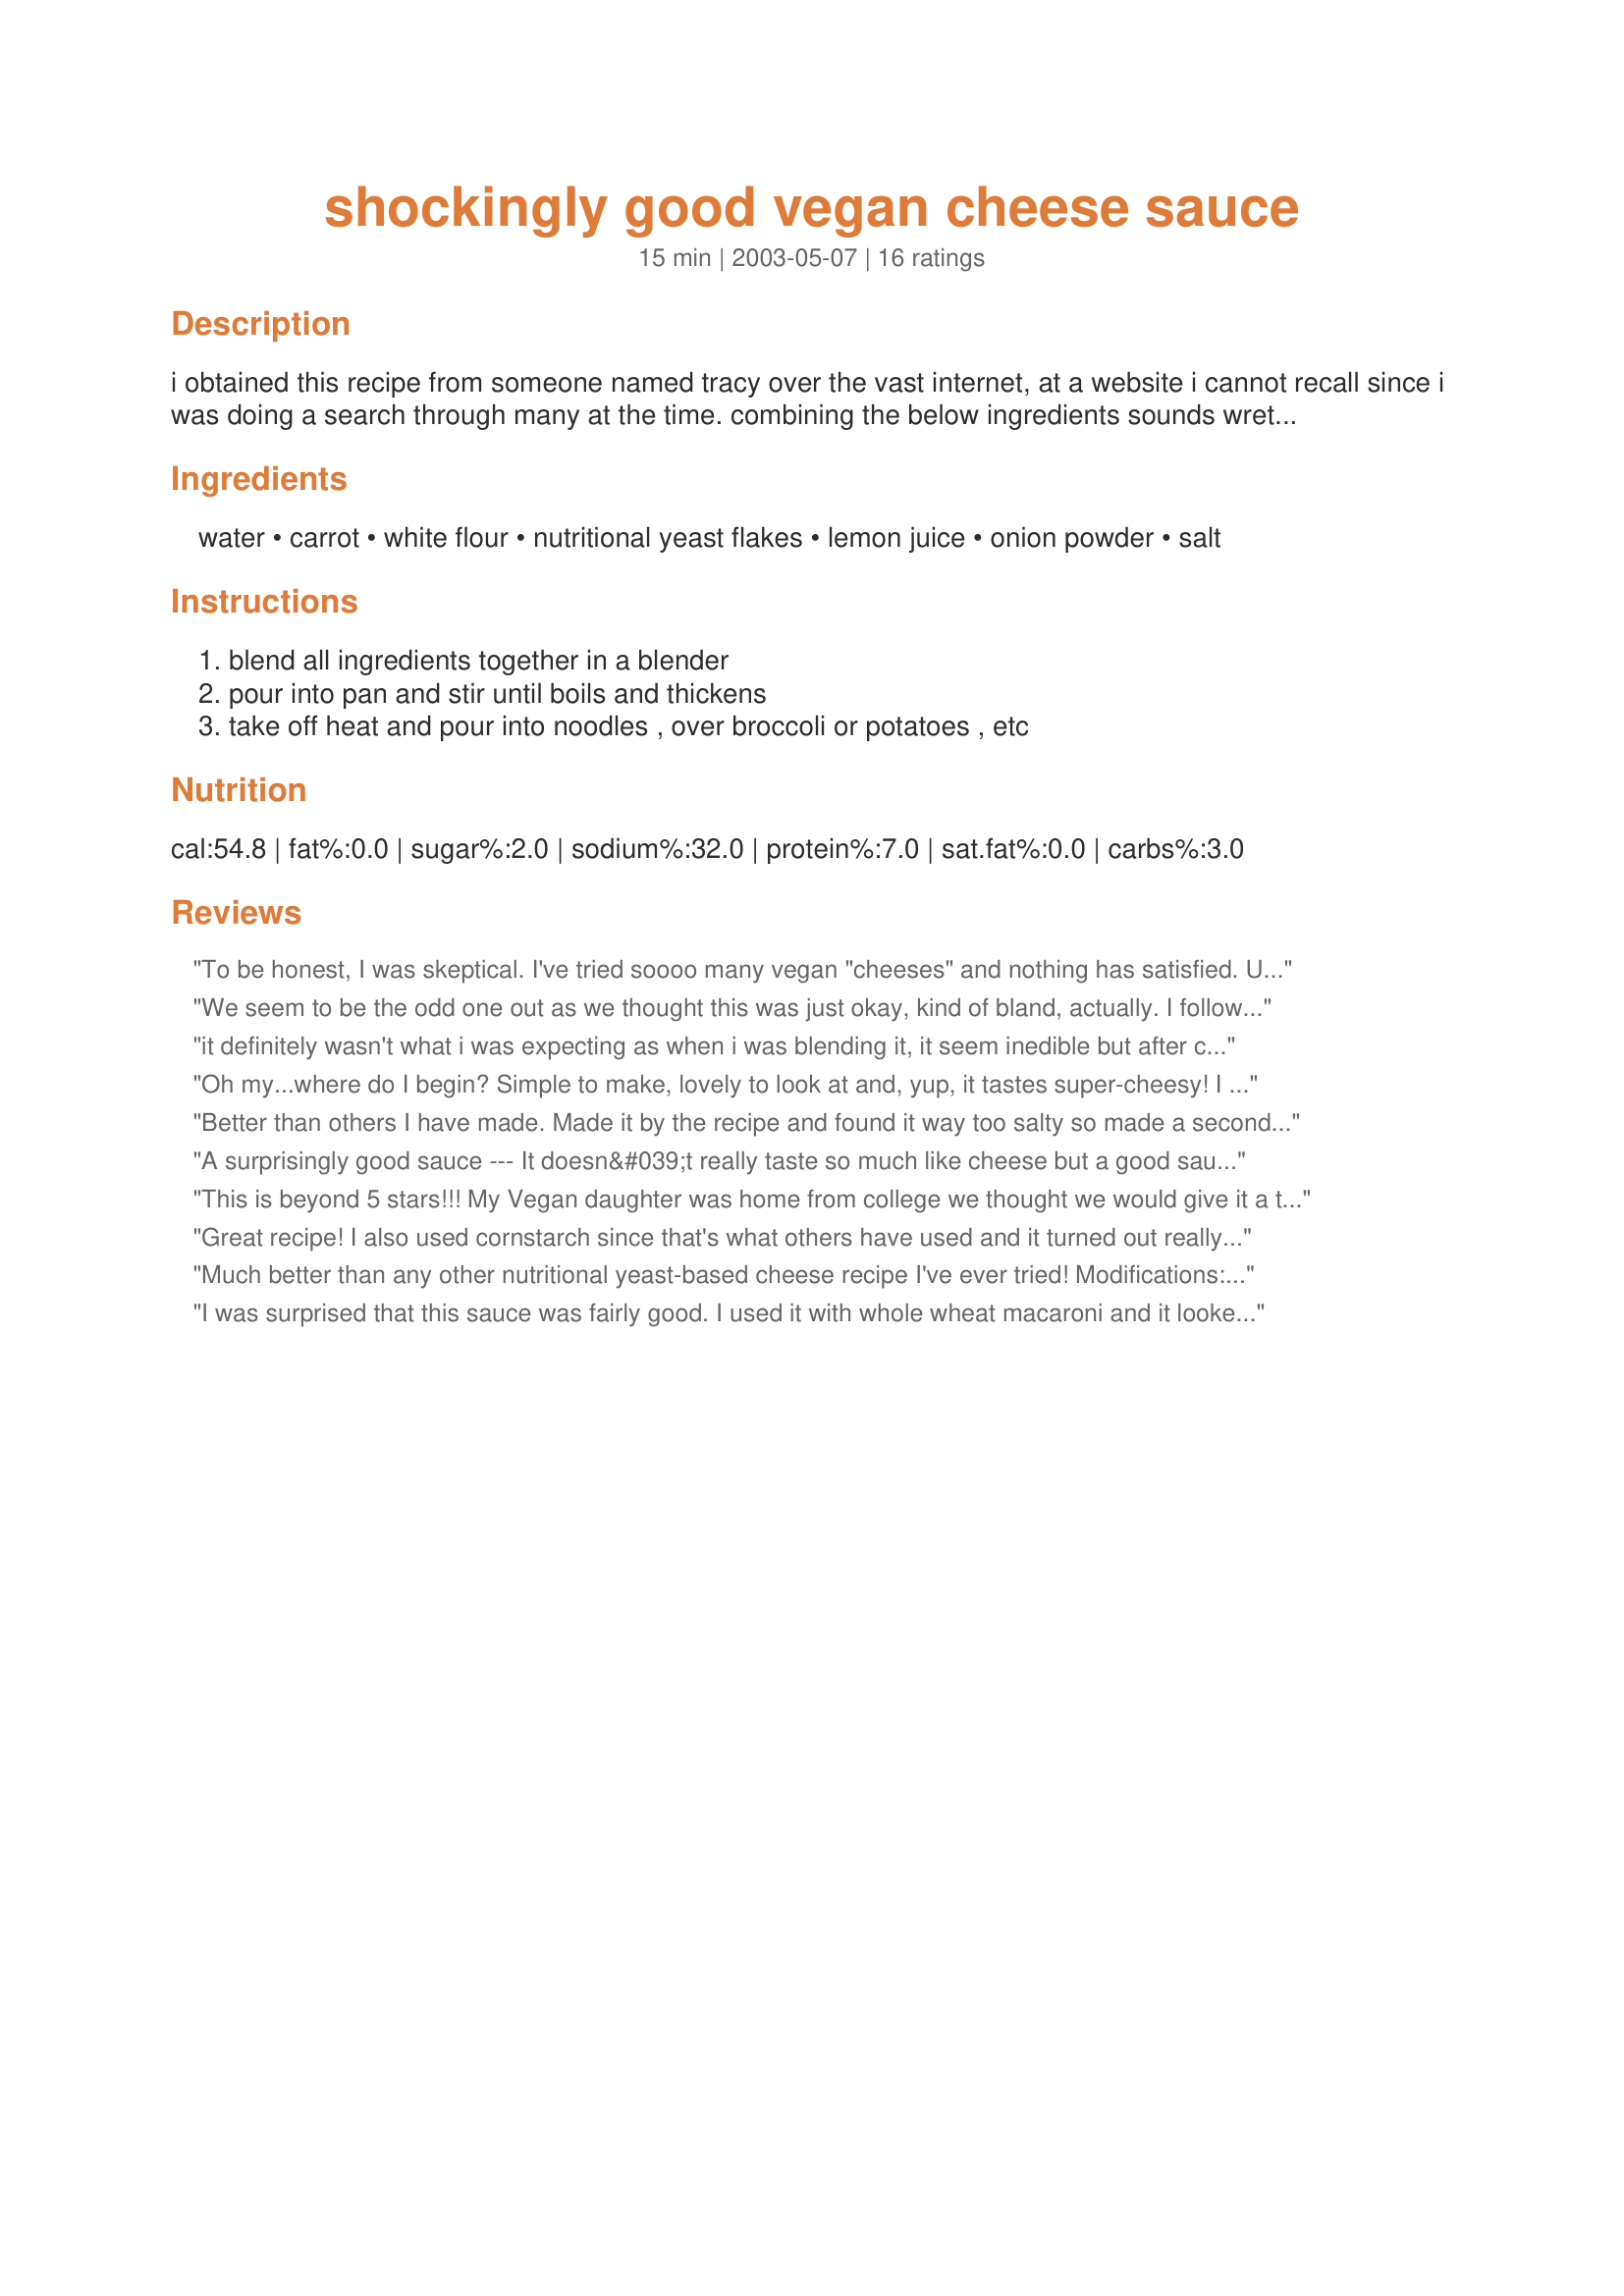
shockingly good vegan cheese sauce
Preparation time: 15 minutes

i obtained this recipe from someone named tracy over the vast internet, at a website i cannot recall since i was doing a search through many at the time. combining the below ingredients sounds wretched, but it was shockingly good! could this be kraft's secret?

Ingredients:
water, carrot, white flour, nutritional yeast flakes, lemon juice, onion powder, salt

Steps:
blend all ingredients together in a blender, pour into pan and stir until boils and thickens, take off heat and pour into noodles , over broccoli or potatoes , etc

Reviews:
To be honest, I was skeptical. I've tried soooo many vegan "cheeses" and nothing has satisfied. Until now! This was fantastic, and this will definitely be my go-to recipe from now on.

Also just wanted to mention that I believe this recipe comes from Jo Stepaniak's book 'The UnCheese Cookbook.'
We seem to be the odd one out as we thought this was just okay, kind of bland, actually. I followed the recipe exactly, using cornstarch as the poster commented. I generally really enjoy nutritional yeast "cheese" but this was lacking. I would recommend using less lemon juice (if using a fresh lemon) and increasing the nutritional yeast to 1/2 cup. Thanks for posting, but this recipe was not for us.
it definitely wasn't what i was expecting as when i was blending it, it seem inedible but after cooking it's a great substitute! i poured them into brocolli. great brocollie and vegan cheese!
Oh my...where do I begin? Simple to make, lovely to look at and, yup, it tastes super-cheesy! I had already vowed not to spend big bucks on store-bought vegan cheese. This recipe seals the deal. I followed the recipe exactly (using corn starch) except I strained the mixture before I heated it. Smoooooth. Next time I'll use 1.5 cups water and 1/2 cup oil cuz I think cheese oughtta be fattening. I may cut the salt in half as well. Thank you for sharing this! God bless! ***UPDATE! I tried this with oil as mentioned above and with 1/3 cup flour plus 1/2 t hot sauce. It is even better than with the cornstarch, fuller and creamier. Yum!***
Better than others I have made. Made it by the recipe and found it way too salty so made a second batch with no salt. Mixed them together and was perfect. Next time I might try using some mustard powder and smoked paprika for a little more flavor.
A surprisingly good sauce --- It doesn&#039;t really taste so much like cheese but a good sauce none the less --- The only adjustments I made was I used whole wheat flour and only 1 teaspoon full of salt. Next time I am going to try making it replacing one of the cups of water with soy milk and see if that makes it richer --- I love taking a basic recipe like this and being able to tinker with it and try to make it even better --- Thank you for sharing --- Jan 21, 2016 ---
This is beyond 5 stars!!! My Vegan daughter was home from college we thought we would give it a try. Everyone loved it!!!!! We did use
1 1/2 cup of water and 1/2 cup oil
No onion power... when we cooked the carrots we added green onion to the water and cooked them together. Next time we will use the carrot/onion water with 1 1/2 cups. We also placed in the oven for about 15 mins. to get a crispy top.
Great recipe! I also used cornstarch since that's what others have used and it turned out really good. I put it over a baked potato but can't wait to try it over pasta and broccoli.
Much better than any other nutritional yeast-based cheese recipe I've ever tried! Modifications: used whole wheat flour, left out lemon juice (didn't have any), and lowered the salt to 0.5-1tsp.
I was surprised that this sauce was fairly good. I used it with whole wheat macaroni and it looked like the real thing. Not being a vegan, I guess I am used to and really like the taste of cheese. I eat mostly meatless though, and will use this recipe again but perhaps in a different way. The color from the carrots is very attractive so this sauce could also be used as the base for a very low-cal cheese sauce, adding just enough cheese to get the flavor, or sprinkling some grated cheese on top. I did add about a tsp. of granular veg. bouillion and some fresh parsley. Will continue to experiment with different spices. Thank you for a versatile idea.
I had minced onions instead and corn starch instead of white flours. I added potatoes with pasta and it tasted amazing with seasoning salt.

Thanks for posting.
This really didn't taste like cheese to me. Maybe it was because I didn't have any onion powder so I didn't add any, but I kind of doubt onion is really a big flavor in cheese. This really just tasted like salty carrots to me. I still gave it two stars because it could still be a decent dipping sauce, but definitely not one advertised as cheese.
You are so right, this sauce really is (shockingly)good! Looks just like Kraft with the carrots giving it a nice orangy color. I used the cornstarch instead of flour too. Had it with pasta, which was fantastic, but I can't wait to try it on broccoli and other veggies!
This was good.. but not amazing. But that may be my fault. I used vegetable broth because I thought it would add flavor but then I didn't cut the salt back--- which I should have! It was too salty for me. I used cornstarch, but didn't quite know what half of the 1/3 cup was, as suggested as a replacement for the flour. It was a little runny (although it did thicken up after sitting in the pan a while). I also didn't use the lemon juice because I was out. All in all, I liked it (very good on a baked potato with broccoli and my 2 year old liked it too!) but I will try again with reduced salt and maybe see if the flour works better!
This sauce is a lot better than it sounds. It looks like a real cheese sauce. As for the taste, you wouldn't mistake it for the real thing but it's still good. I could get used to it. I used cornstarch instead of flour, too. Served over cauliflower the first time. I refrigerated the leftovers, and found it was quite possible to reheat in a saucepan with a bit of extra water added. I next tried it with whole wheat macaroni for a healthy vegan mac and cheese.
Oh man. I apparently was the only one so far to use flour - maybe this was why it tasted absolutely horrible. Now, granted, I have never had nutritional yeast before, but this sauce tastes absolutely NOTHING like cheese or Kraft Dinner sauce. I followed the recipe to the letter. If anyone has any idea as to what I could have done wrong, let me know and I would love to try again. But as is, it was inedible and too salty to even stand.
